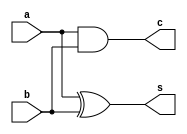
`timescale 1ns / 1ps
//////////////////////////////////////////////////////////////////////////////////
// Company: 
// Engineer: 
// 
// Design Name: 
// Module Name:    Halfadder_BM 
// Project Name: 
// Target Devices: 
// Tool versions: 
// Description: 
//
// Dependencies: 
//
// Revision: 
// Revision 0.01 - File Created
// Additional Comments: 
//
//////////////////////////////////////////////////////////////////////////////////
module Halfadder_BM(a,b,c,s);
input a,b;
output s,c;
reg s,c;
always @(a,b)
begin
s=a^b;
c=a&b;
end
endmodule